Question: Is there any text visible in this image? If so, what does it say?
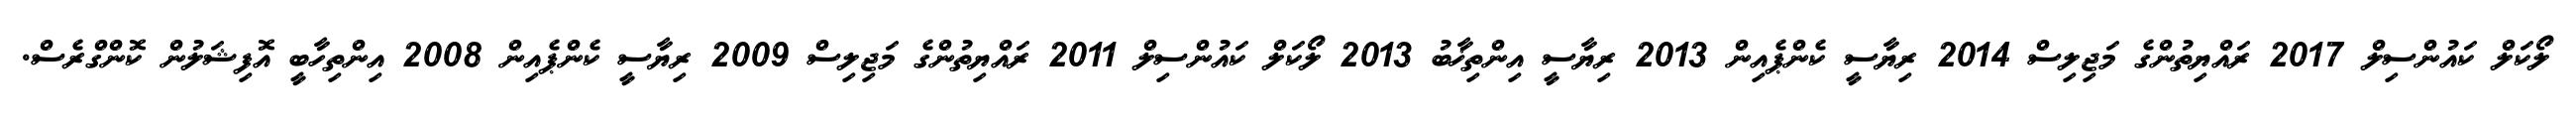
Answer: ލޯކަލް ކައުންސިލް 2017 ރައްޔިތުންގެ މަޖިލިސް 2014 ރިޔާސީ ކެންޕެއިން 2013 ރިޔާސީ އިންތިޚާބު 2013 ލޯކަލް ކައުންސިލް 2011 ރައްޔިތުންގެ މަޖިލިސް 2009 ރިޔާސީ ކެންޕެއިން 2008 އިންތިހާބީ އޮފިޝަލުން ކޮންގްރެސް.